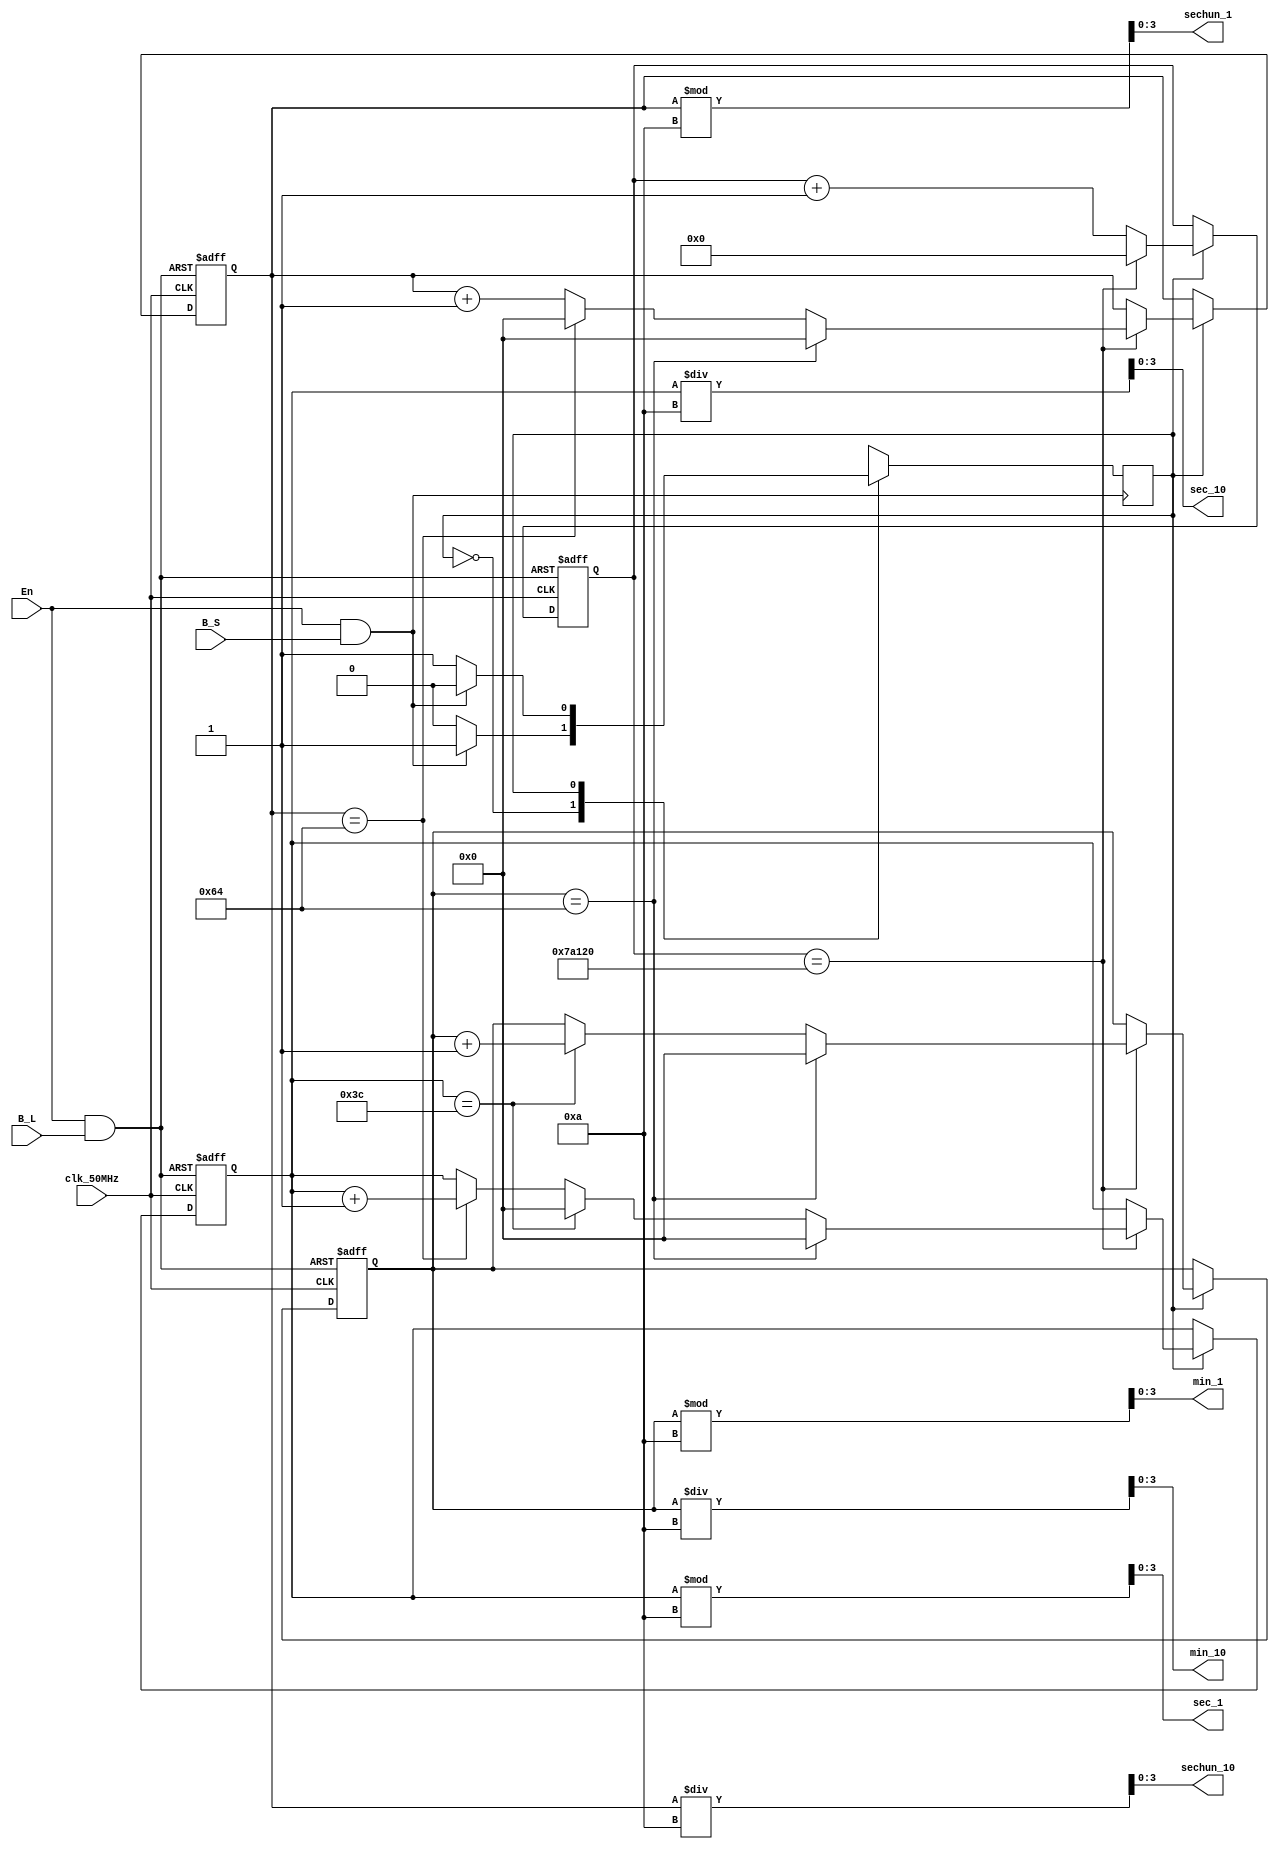
/*
 * Version : REV 3.
 *
 * Written By 		: KM. K.
 * Modified By 	: JU. Y.
 * Supervised By 	: JU. Y.
 *
 */

module mode_4(clk_50MHz,
              En,
              B_S,
              B_L,
              sechun_10,
              sechun_1,
              sec_10,
              sec_1,
              min_10,
              min_1);
    // stopwatch
    
    parameter S0 = 1'b0, S1 = 1'b1;
    
    input clk_50MHz, En, B_S, B_L;	
    // B_S == Button_short, B_L == Button_long, potentiometer_1 == potentiometer from control circuit
    
    output wire [3:0] sechun_10, sechun_1, sec_10, sec_1, min_10, min_1;
    
    reg [25:0] sechun_counter = 0;
    reg [6:0]  sechun = 0, sec = 0, min = 0;
    reg state = S0;
    wire En1, En2;

    assign En1 = En & B_L;	// reset
    assign En2 = En & B_S;	// stop/start
    
    always@(posedge En2)
    begin
        case(state)
            S0: if (En2) state = S1; else state = S0;
            S1: if (En2) state = S0; else state = S1;
        endcase
    end
    
    
    always@(posedge clk_50MHz or posedge En1)
    begin
        if (En1)
        begin
            sechun_counter <= 0;
            sechun         <= 0;
            sec            <= 0;
            min            <= 0;
        end
        else // can work in En == 0 state
        begin
            if (state == S0)	// stop
            begin
                sechun_counter <= sechun_counter;
            end
            else if (state == S1)				// restart
            begin
                sechun_counter <= sechun_counter + 1;
                if (sechun_counter == 26'd500000)
                begin
                    sechun_counter <= 0;
                    sechun         <= sechun + 1;
                    if (sechun == 100)
                    begin
                        sechun <= 0;
                        sec    <= sec + 1;
                    end
                    if (sec == 60)
                    begin
                        sec <= 0;
                        min <= min + 1;
                    end
                    if (min == 100)
                    begin
                        sechun <= 0;
                        sec    <= 0;
                        min    <= 0;
                    end
                end
            end
        end
    end
    
    assign sechun_10 = sechun / 10;
    assign sechun_1	 = sechun % 10;
    assign sec_10	 = sec / 10;
    assign sec_1	 = sec % 10;
    assign min_10	 = min / 10;
    assign min_1	 = min % 10;

endmodule
// EOF